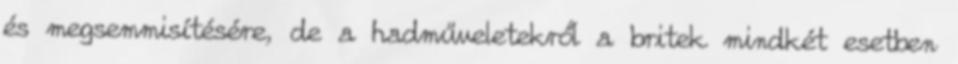
és megsemmisítésére, de a hadműveletekről a britek mindkét esetben